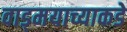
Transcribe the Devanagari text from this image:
वाड्मयाच्याकडे